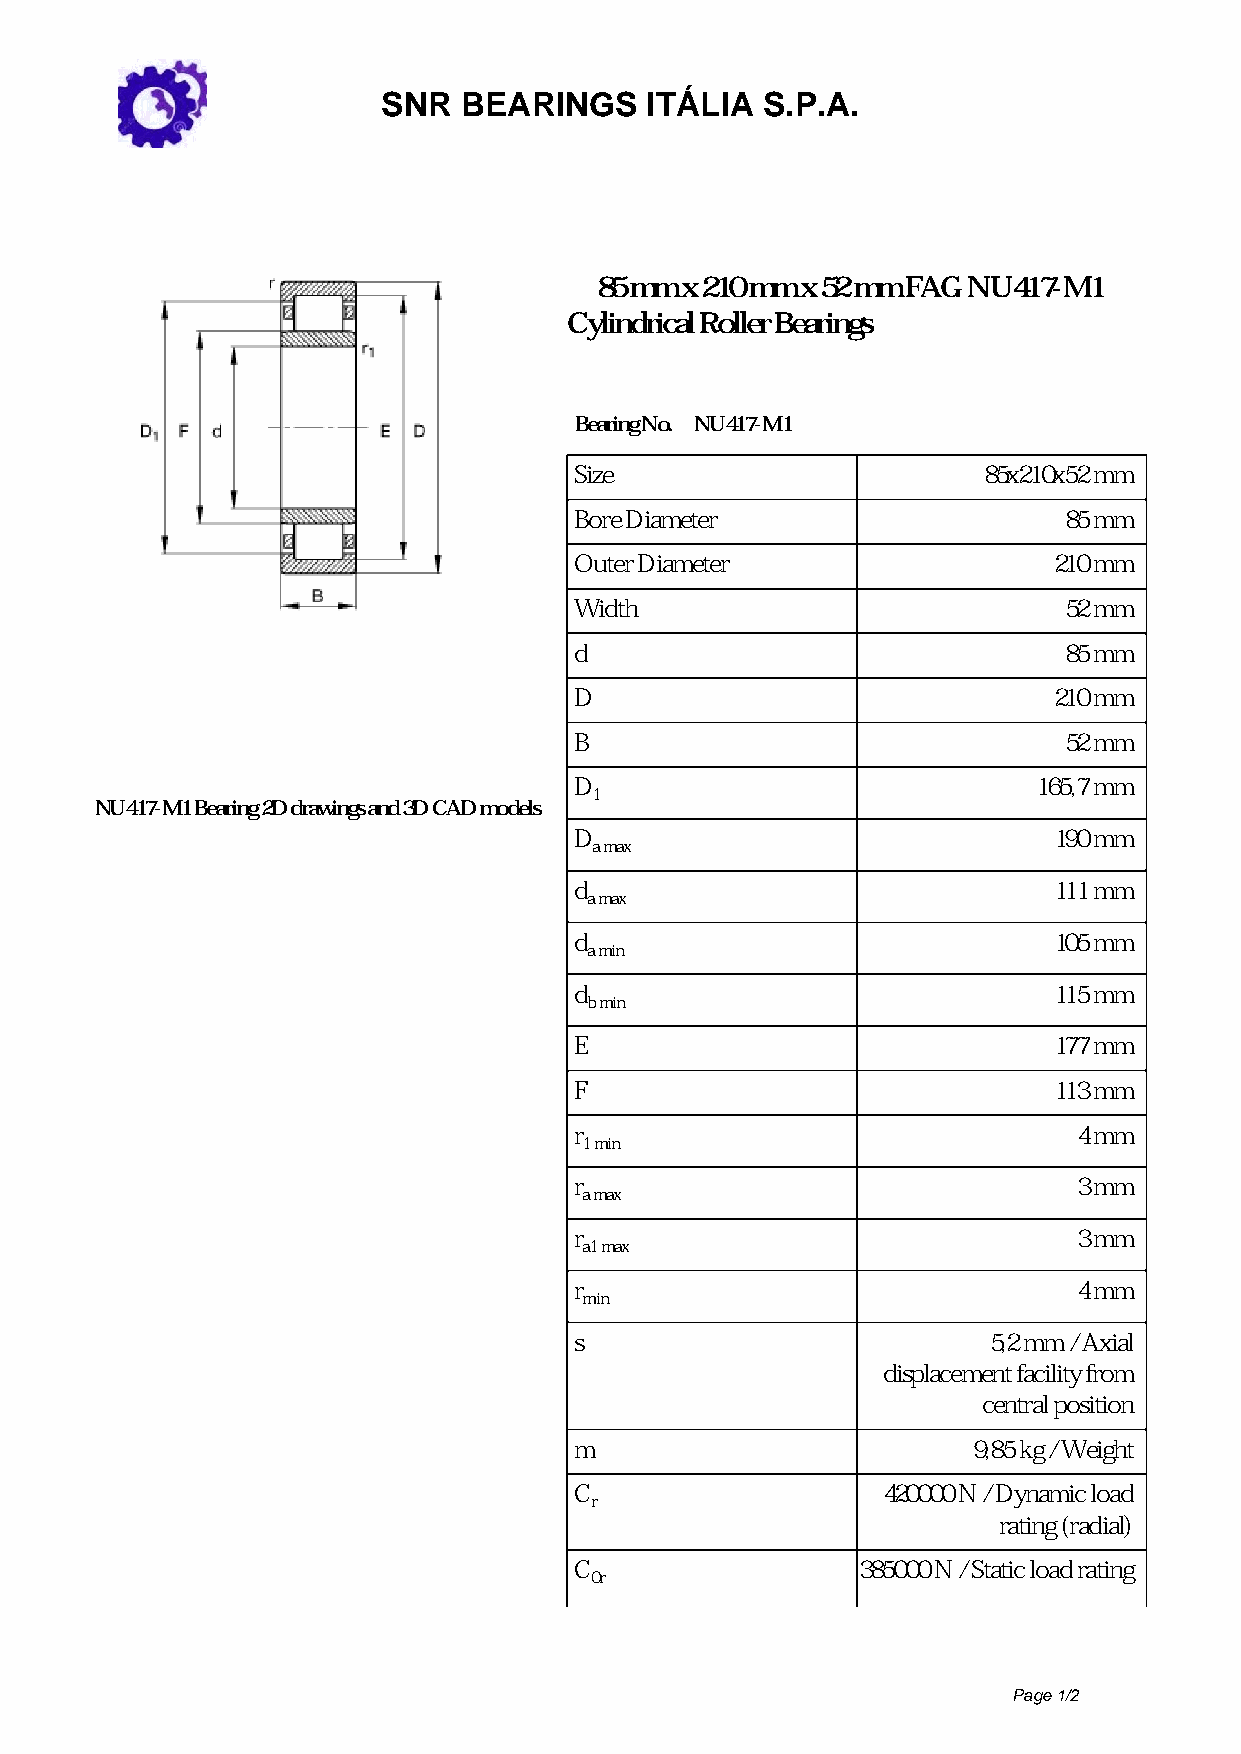
SNR   BEARINGS    ITÁLIA S.P.A.
 85 mm x 210 mm x 52 mm FAG NU417-M1
 Cylindrical Roller Bearings
 Bearing No. NU417-M1
 Size                       85x210x52 mm
 Bore Diameter                   85 mm
 Outer Diameter                  210 mm
 Width                           52 mm
 d                               85 mm
 D                               210 mm
 B                               52 mm
 D                              165,7 mm
 1
 NU417-M1 Bearing 2D drawings and 3D CAD models
 D                               190 mm
 a max
 d                               111 mm
 a max
 d                               105 mm
 a min
 d                               115 mm
 b min
 E                               177 mm
 F                               113 mm
 r                                4 mm
 1 min
 r                                3 mm
 a max
 r                                3 mm
 a1 max
 r                                4 mm
 min
 s                          5,2 mm / Axial
 displacement facility from
 central position
 m                         9,85 kg / Weight
 C                   420000 N / Dynamic load
 r
 rating (radial)
 C                  385000 N / Static load rating
 0r
 Page 1/2